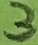
Text: 3